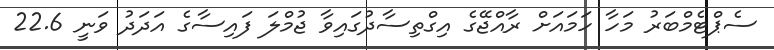
ސެޕްޓެމްބަރު މަހާ ހަމައަށް ރާއްޖޭގެ އިގްތިސާދުގައިވާ ޖުމްލަ ފައިސާގެ އަދަދު ވަނީ 22.6